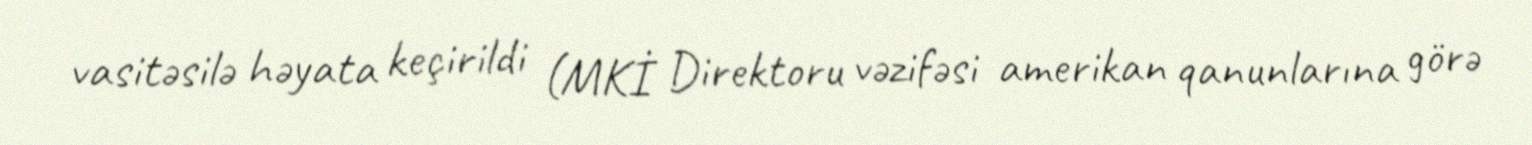
vasitəsilə həyata keçirildi (MKİ Direktoru vəzifəsi amerikan qanunlarına görə